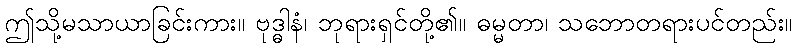
ဤသို့မသာယာခြင်းကား။ ဗုဒ္ဓါနံ၊ ဘုရားရှင်တို့၏။ ဓမ္မတာ၊ သဘောတရားပင်တည်း။